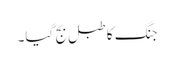
جنگ کا طبل بج گیا۔